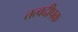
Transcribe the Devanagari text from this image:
तत्वदीपक